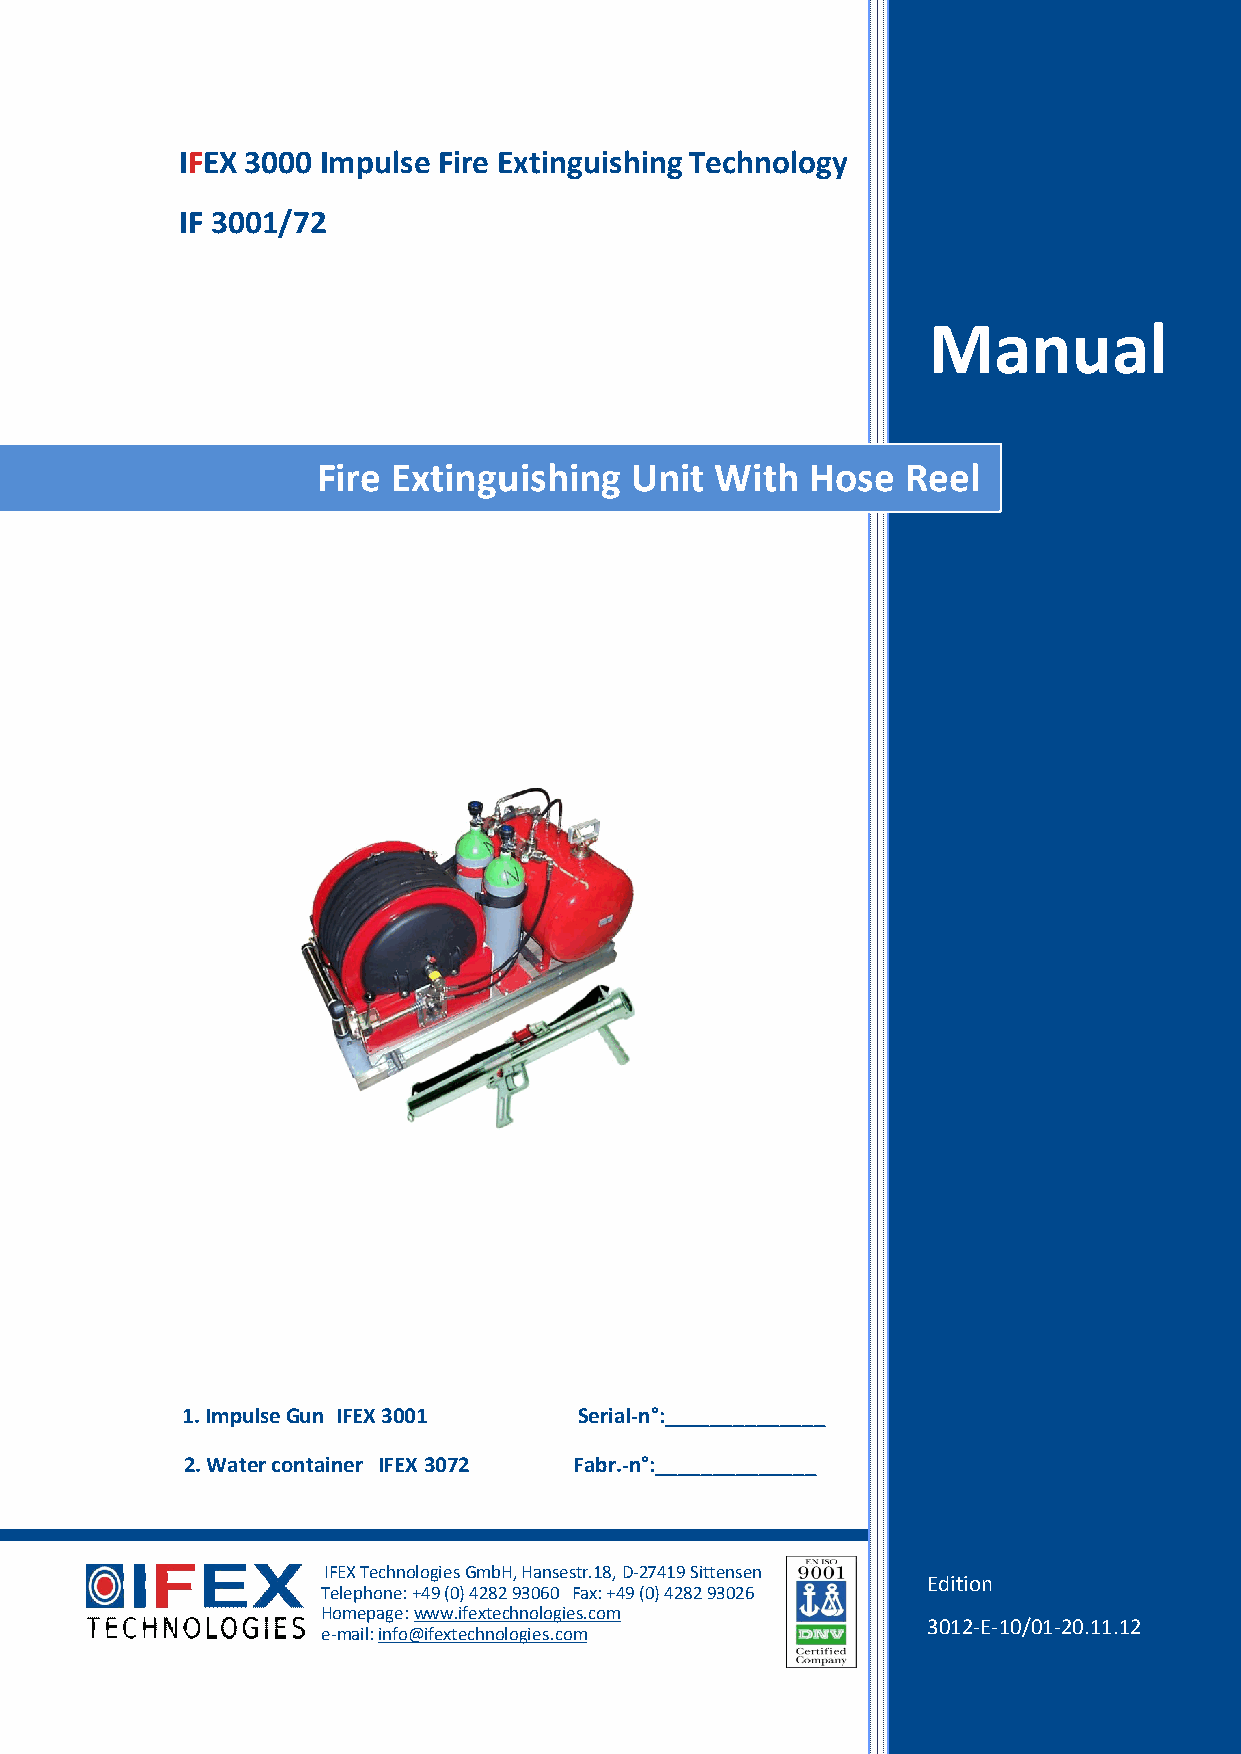
IFEX 3000 Impulse Fire Extinguishing Technology
 IF 3001/72
 Manual
 Fire Extinguishing   Unit With   Hose  Reel
 1. Impulse Gun IFEX 3001  Serial-n°:______________
 2. Water container IFEX 3072 Fabr.-n°:______________
 IFEX Technologies GmbH, Hansestr.18, D-27419 Sittensen
 Edition
 Telephone: +49 (0) 4282 93060 Fax: +49 (0) 4282 93026
 Homepage: www.ifextechnologies.com
 3012-E-10/01-20.11.12
 e-mail: info@ifextechnologies.com